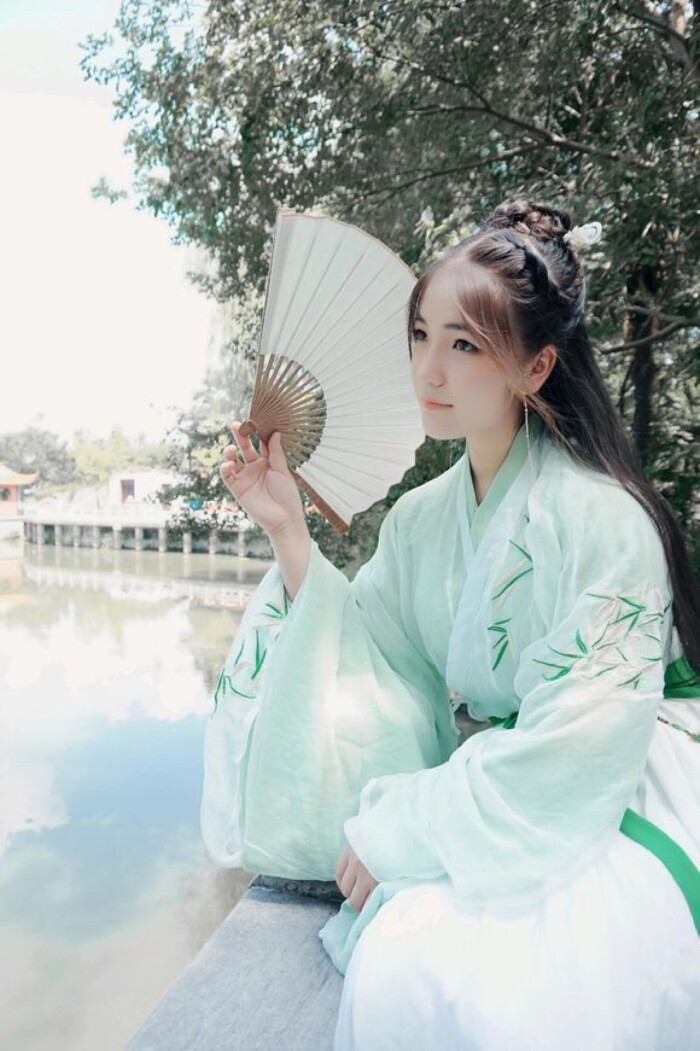
君子不镜于水，而镜于人。镜于水，见面之容镜于人，则知吉与凶。